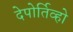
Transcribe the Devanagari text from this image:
देपोर्तिव्हो